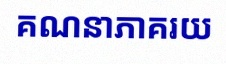
គណនាភាគរយ